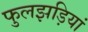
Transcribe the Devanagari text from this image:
फुलझड़ियां